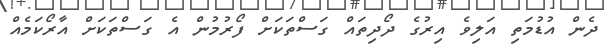
ދެން އުޑުމަތި އަލިވެ އިރުގެ ދޯދިތައް ގަސްތަކަށް ފޯރުމުން އެ ގަސްތަކަށް އާރޯކަމެއް